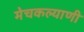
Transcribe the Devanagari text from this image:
मेचकल्याणी